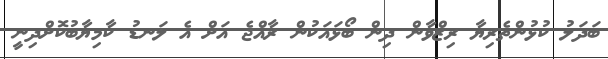
ބަދަލު ކުޅުންތެރިޔާ ރިޒްވާން ދިން ބޯޅައަކުން ރާއްޖެ އަށް އެ ލަނޑު ކާމިޔާބުކޮށްދިނީ